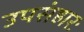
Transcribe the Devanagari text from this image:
उपसंहारः